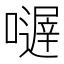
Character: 𡁂